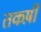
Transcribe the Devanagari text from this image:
तकष़ी